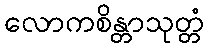
လောကစိန္တာသုတ္တံ